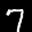
Label: 7